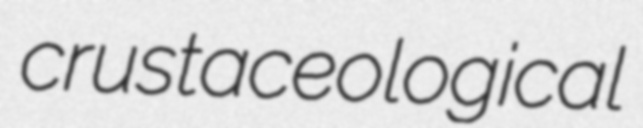
crustaceological